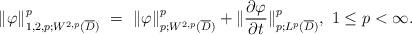
LaTeX: \begin{align*}\|\varphi\|^p_{1,2,p; W^{2, p}(\overline{D})} \ = \ \| \varphi \|^p_{p; W^{2,p}(\overline{D})} + \| \frac{\partial \varphi}{\partial t} \|^p_{p; L^p(\overline{D})}, \ 1 \leq p < \infty.\end{align*}